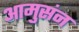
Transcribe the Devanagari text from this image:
आमुसंन